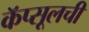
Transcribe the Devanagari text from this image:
कॅप्सूलची